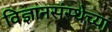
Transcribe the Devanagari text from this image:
विज्ञानसंस्थेच्या